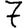
Digit: 7